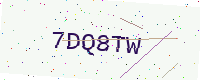
Text: 7DQ8TW